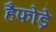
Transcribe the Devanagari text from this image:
हैफोड़े